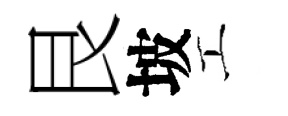
艮坡工